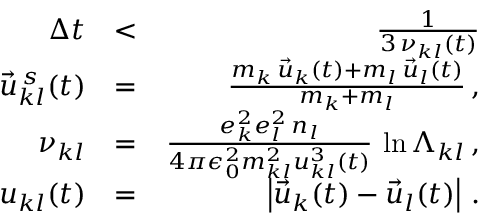
\begin{array} { r l r } { \Delta t } & { < } & { \frac { 1 } { 3 \, \nu _ { k l } ( t ) } } \\ { \vec { u } _ { k l } ^ { \, s } ( t ) } & { = } & { \frac { m _ { k } \, \vec { u } _ { k } ( t ) + m _ { l } \, \vec { u } _ { l } ( t ) } { m _ { k } + m _ { l } } \, , } \\ { \nu _ { k l } } & { = } & { \frac { e _ { k } ^ { 2 } e _ { l } ^ { 2 } \, n _ { l } } { 4 \pi \epsilon _ { 0 } ^ { 2 } m _ { k l } ^ { 2 } u _ { k l } ^ { 3 } \left( t \right) } \, \ln \Lambda _ { k l } \, , } \\ { u _ { k l } ( t ) } & { = } & { \left| \vec { u } _ { k } ( t ) - \vec { u } _ { l } ( t ) \right| \, . } \end{array}